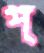
প্